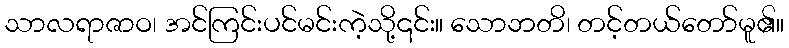
သာလရာဇာဝ၊ အင်ကြင်းပင်မင်းကဲ့သို့၎င်း။ သောဘတိ၊ တင့်တယ်တော်မူ၏။